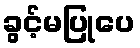
ခွင့်မပြုပေ